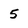
Character: 5